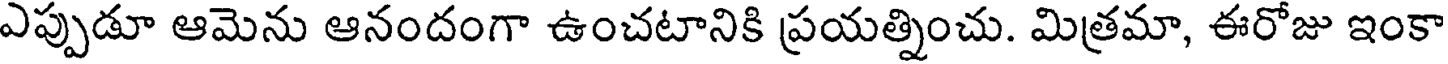
ఎప్పుడూ ఆమెను ఆనందంగా ఉంచటానికి ప్రయత్నించు. మిత్రమా, ఈరోజు ఇంకా